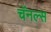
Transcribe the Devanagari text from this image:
चॅनल्स